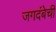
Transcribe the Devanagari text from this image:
जगदंबेची